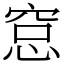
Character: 𥦗